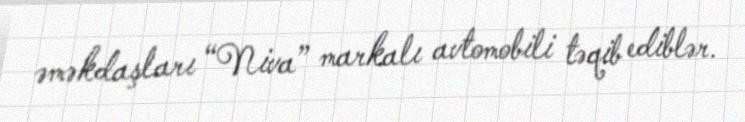
əməkdaşları “Niva” markalı avtomobili təqib ediblər.